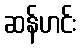
ဆန်ဟင်း